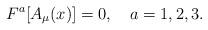
LaTeX: \begin{align*}F^{a}[A_{\mu}(x)]=0,\quad{a}=1,2,3.\end{align*}